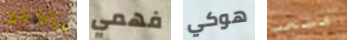
سأوافق فهمي هوكي متعب